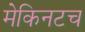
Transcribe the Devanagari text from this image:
मेकिनटच